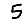
Digit: 5